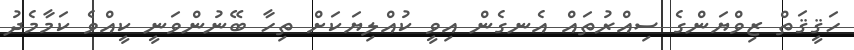
ހަޤީޤަތް ޒިވްޔަންގެ ސިއްރުތައް އެނގެން އިވީ ކުއްލިޔަކަށް ތިހާ ބޭނުންވަނީ ކީއްވެ ކަމާމެދު